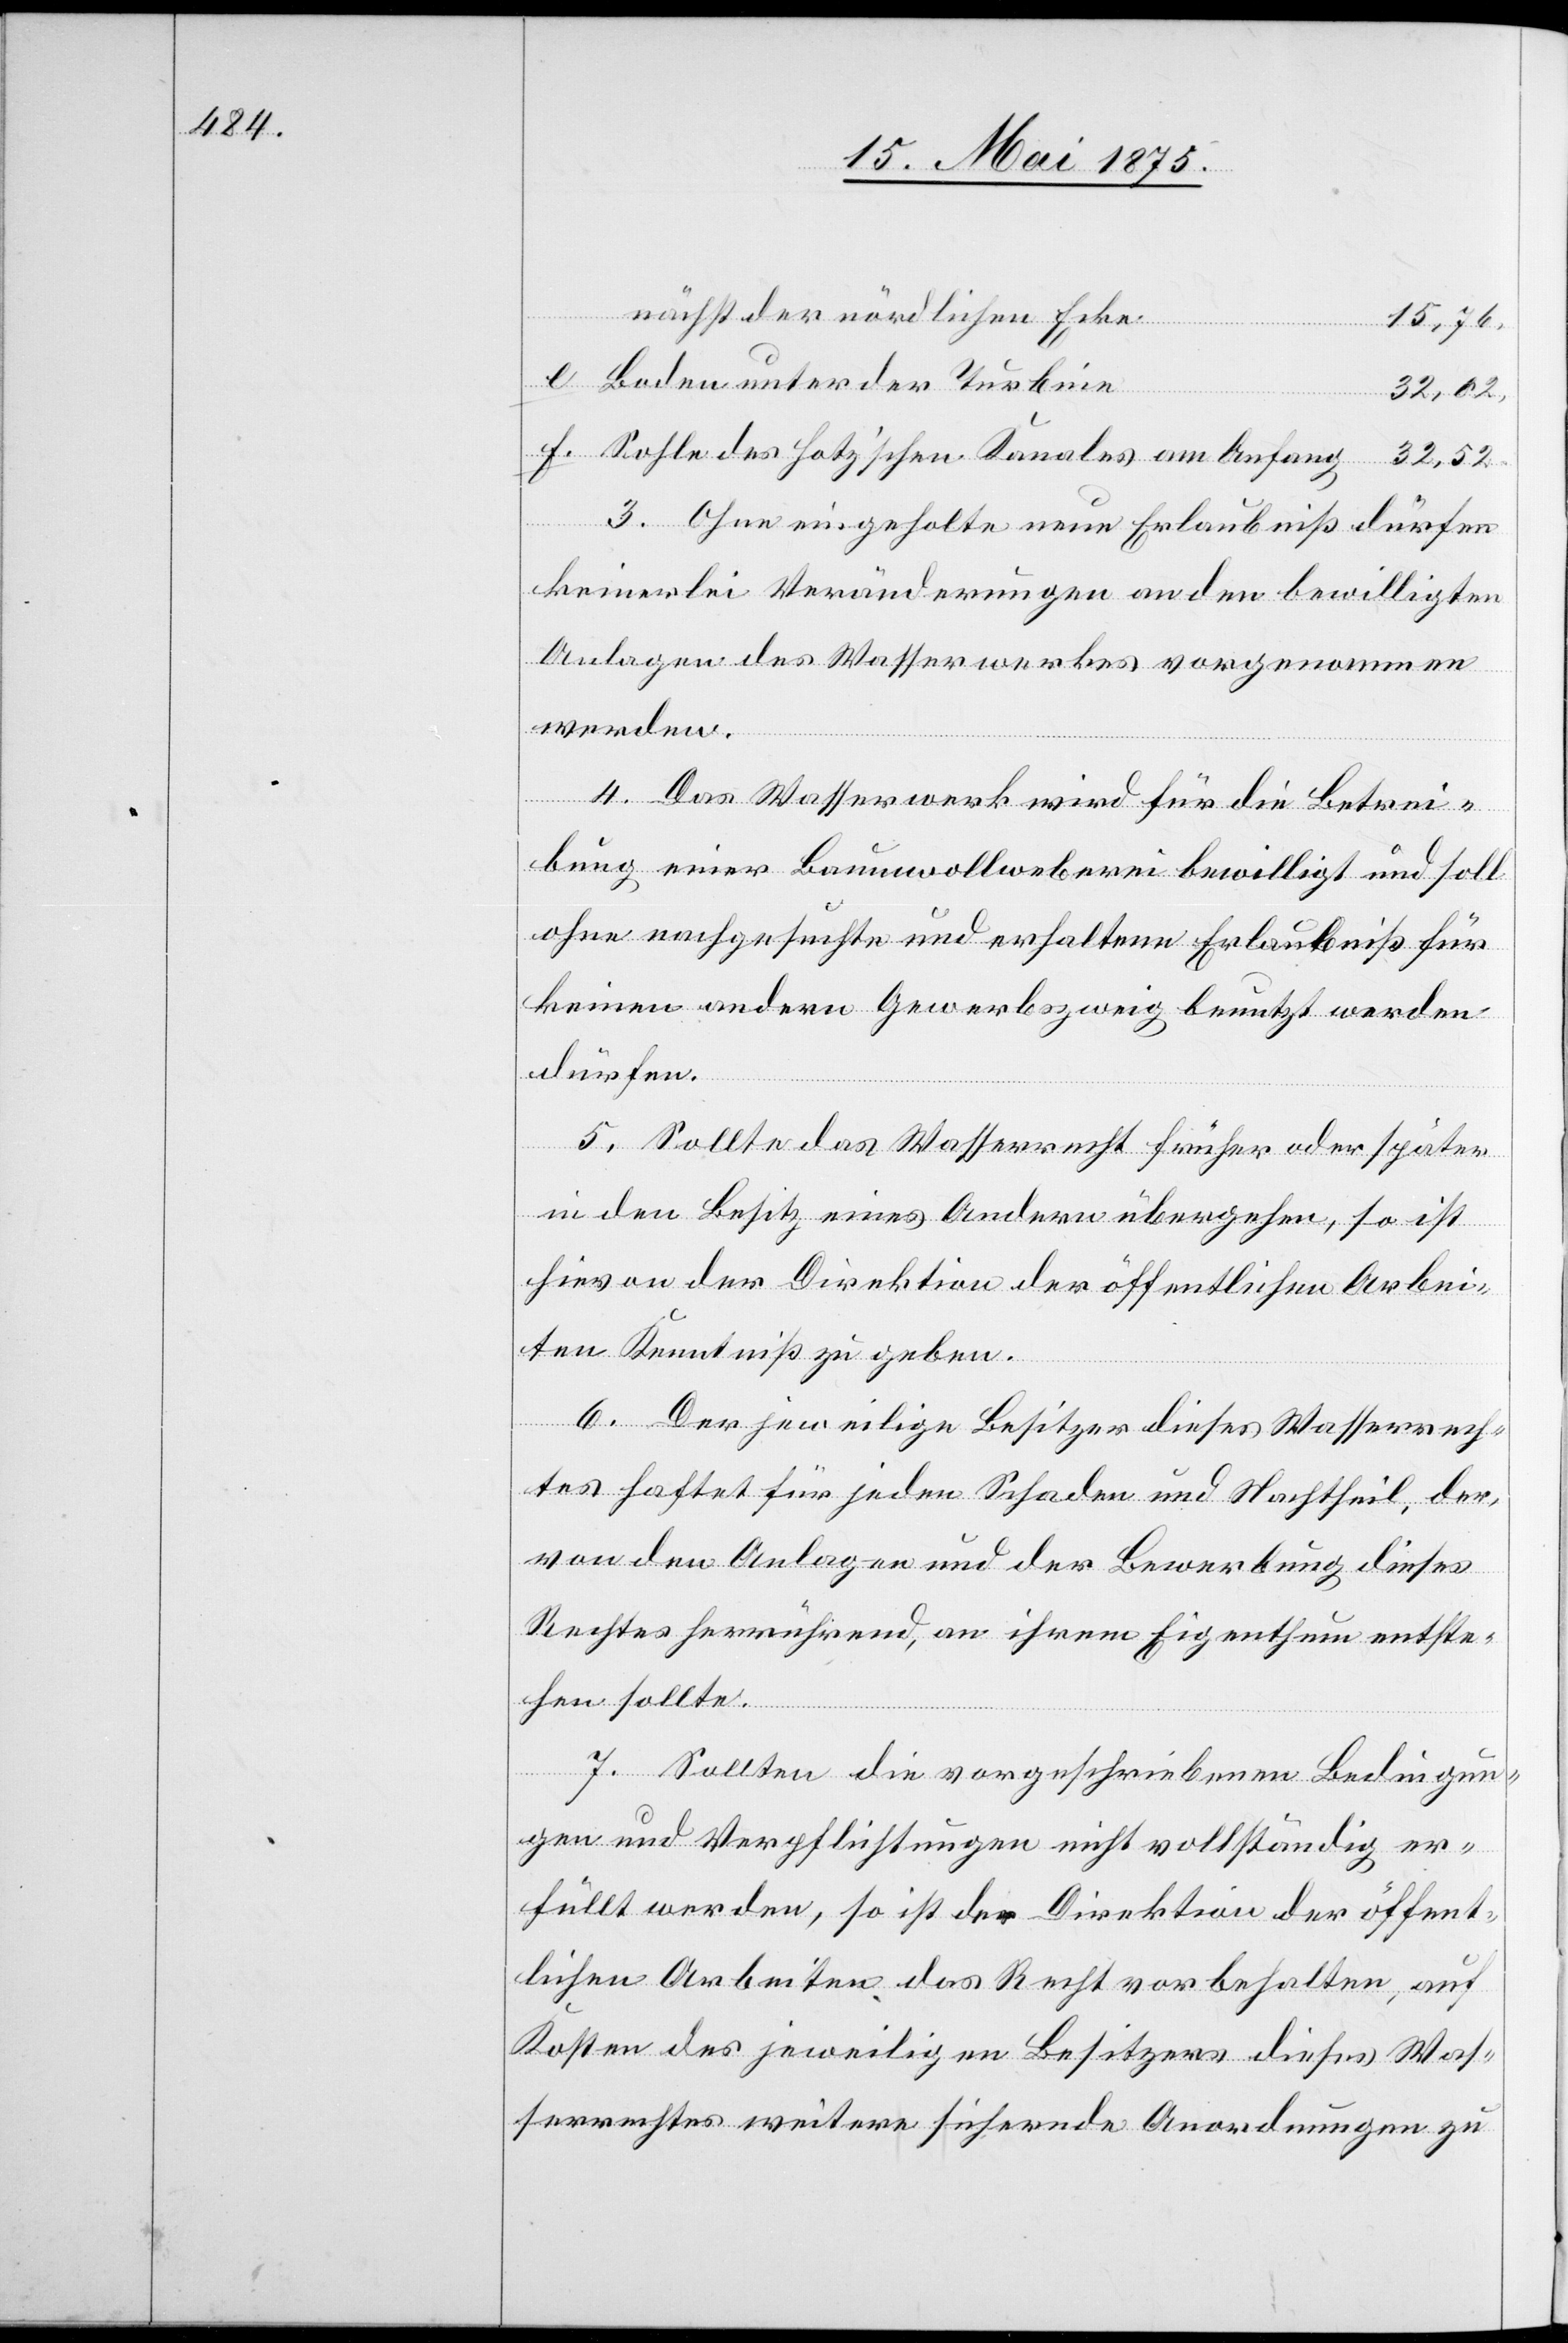
f.
nächst der nördlichen Ecke
15,76,
Boden unter der Turbine
32,52
3. Ohne eingeholte neue Erlaubniß dürfen
keinerlei Veränderungen an den bewilligten
Anlagen des Wasserwerkes vorgenommen
werden.
4. Das Wasserwerk wird für die Betrei¬
bung einer Baumwollweberei bewilligt und soll
ohne nachgesuchte und erhaltene Erlaubniß für
keinen andern Gewerbszweig benutzt werden
dürfen.
5. Sollte das Wasserrecht früher oder später
in den Besitz eines Andern übergehen, so ist
hievon der Direktion der öffentlichen Arbei¬
ten Kenntniß zu geben.
dieses
6. Der jeweilige Besitzer dieses Wasserrech¬
Rechtes herrührend, an ihrem Eigenthum entste¬
hen sollt.
7. Sollten die vorgeschriebenen Bedingun¬
gen und Verpflichtungen nicht vollständig er¬
füllt werden, so ist der Direktion der öffent¬
lichen Arbeiten das Recht vorbehalten, auf
Kosten des jeweiligen Besitzers dieses Was¬
serrechtes weitere sichernde Anordnungen zu